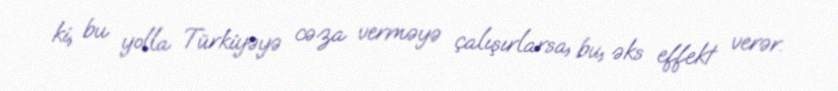
ki, bu yolla Türkiyəyə cəza verməyə çalışırlarsa, bu, əks effekt verər.